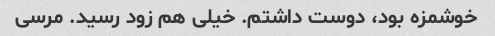
خوشمزه بود، دوست داشتم. خیلى هم زود رسید. مرسى